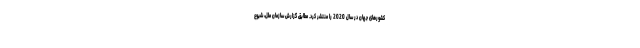
کشورهای جهان در سال 2020 را منتشر کرد. مطابق گزارش سازمان ملل، شیوع